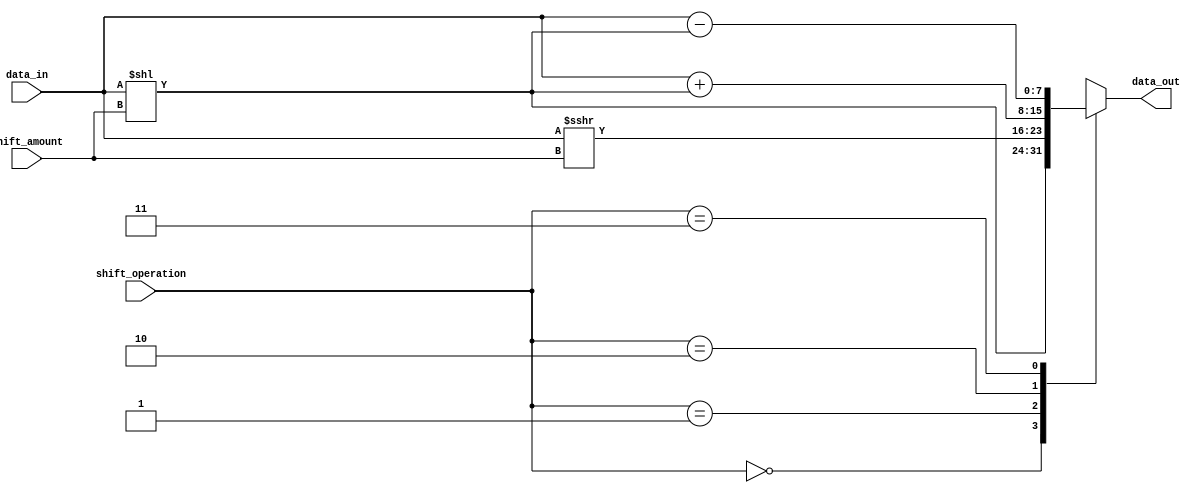
module hybrid_barrel_shifter (
    input [7:0] data_in,
    input [2:0] shift_amount,
    input [1:0] shift_operation,
    output reg [7:0] data_out
);

always @ (*) begin
    case (shift_operation)
        2'b00: data_out = data_in << shift_amount; // Logical left shift
        2'b01: data_out = data_in >>> shift_amount; // Logical right shift
        2'b10: data_out = data_in + (data_in << shift_amount); // Arithmetic left shift
        2'b11: data_out = data_in - (data_in << shift_amount); // Arithmetic right shift
        default: data_out = data_in;
    endcase
end

endmodule